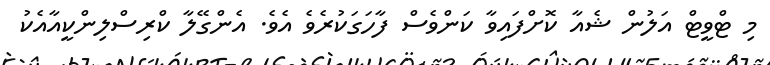
މި ޓްވީޓް އަލުން ޝެއާ ކޮށްފައިވާ ކަންވެސް ފާހަގަކުރެވެ އެވެ. އެންގޭލާ ކްރިސްލިންކީއާއެކު